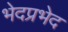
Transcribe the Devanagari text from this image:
भेदप्रभेद